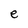
Character: e